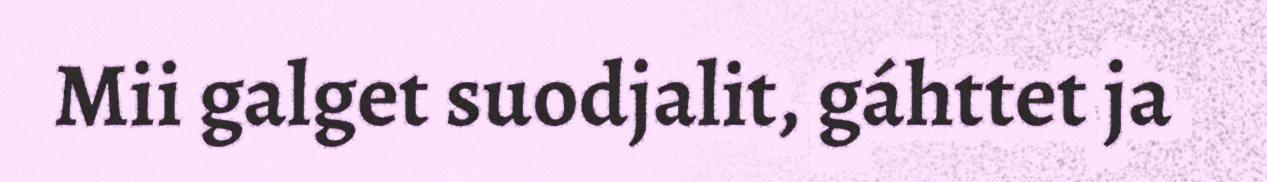
Mii galget suodjalit, gáhttet ja